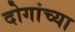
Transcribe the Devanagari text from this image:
दोगांच्या